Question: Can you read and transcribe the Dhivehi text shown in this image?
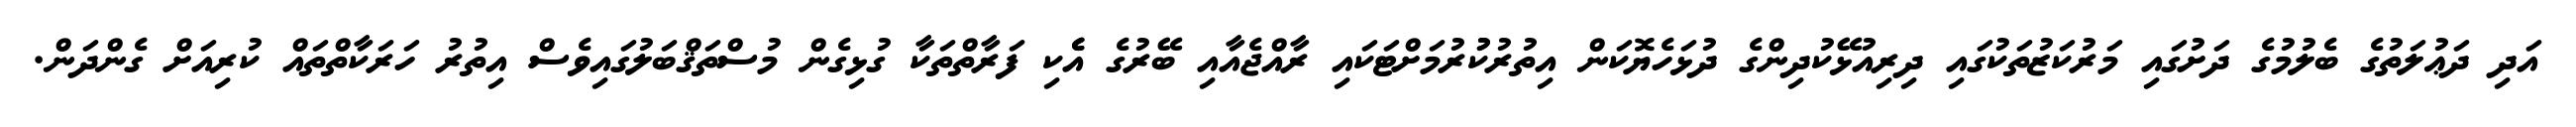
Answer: އަދި ދަޢުލަތުގެ ބެލުމުގެ ދަށުގައި މަރުކަޒުތަކުގައި ދިރިއުޅޭކުދިންގެ ދުޅަހެޔޮކަން އިތުރުކުުރުމަށްޓަކައި ރާއްޖެއާއި ބޭރުގެ އެެކި ފަރާތްތަކާ ގުޅިގެން މުސްތަޤްބަލުގައިވެސް އިތުރު ހަރަކާތްތައް ކުރިއަށް ގެންދަން.